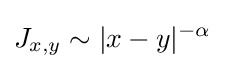
J_{x,y}\sim |x-y|^{-\alpha }